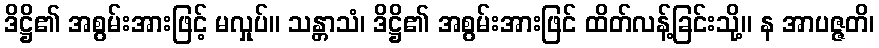
ဒိဋ္ဌိ၏ အစွမ်းအားဖြင့် မလှုပ်။ သန္တာသံ၊ ဒိဋ္ဌိ၏ အစွမ်းအားဖြင် ထိတ်လန့်ခြင်းသို့။ န အာပဇ္ဇတိ၊